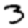
Digit: 3